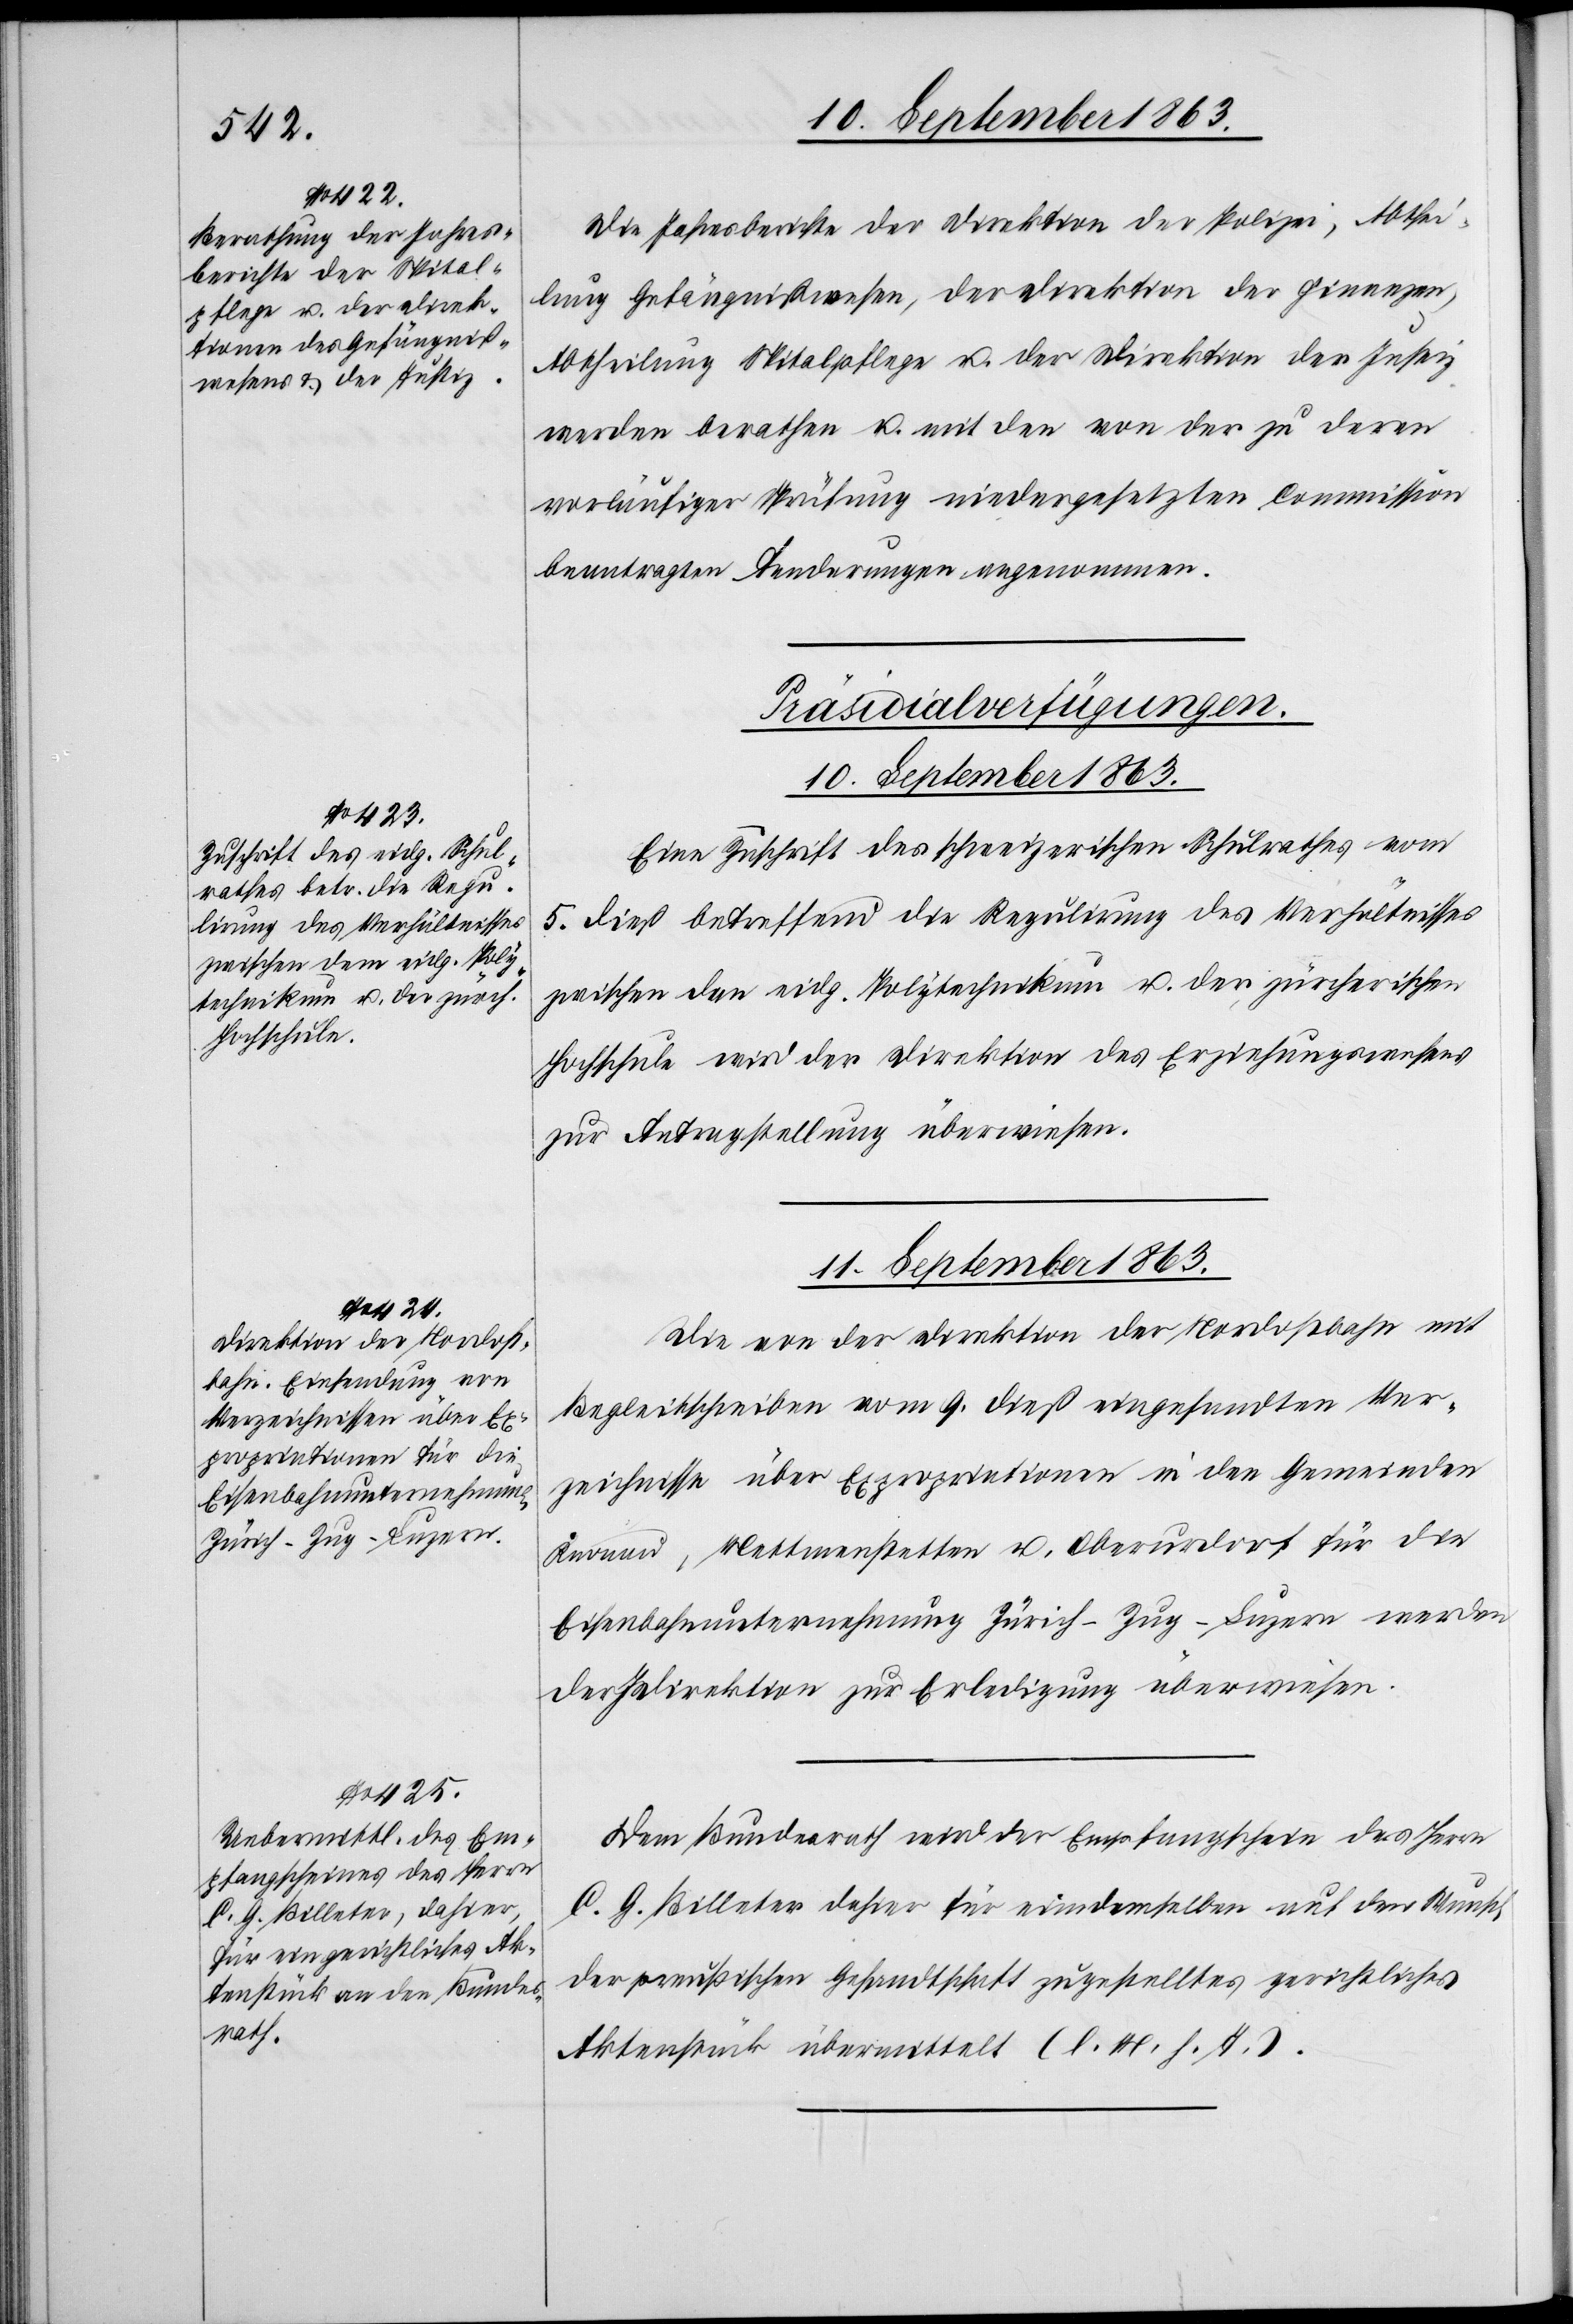
den
C. G. Billeter dahier

Die Jahresberichte der Direktion der Polizei, Abthei¬
lung Gefängnißwesen, der Direktion der Finanzen,
Abtheilung Spitalpflege u. der Direktion der Justiz
werden berathen u. mit den von der zu deren
vorläufiger Prüfung niedergesetzten Commission
beantragten Aenderungen angenommen.
[Präsidialverfügungen.
10. September 1863.
Eine Zuschrift des schweizerischen Schulrathes vom
5. dieß betreffend die Regulirung des Verhältnisses
zwischen dem eidg. Polytechnikum u. der zürcherischen
Hochschule wird der Direktion des Erziehungswesens
zur Antragstellung überwiesen.
11. September 1863.]
Die von der Direktion der Nordostbahn mit
Begleitschreiben vom 9. dieß eingesandten Ver¬
zeichnisse über Expropriationen in den Gemeinden
Knonau, Mettmenstetten u. Oberurdorf für die
Eisenbahnunternehmung Zürich–Zug–Luzern werden
der [Justizdirektion] zur Erledigung überwiesen.
Dem Bundesrath wird der Empfangschein des Herrn
der preußischen Gesandtschaft zugestelltes gerichtliches
Aktenstück übermittelt (l. M. h. T.).